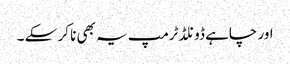
اور چاہے ڈونلڈ ٹرمپ یہ بھی نا کر سکے ۔